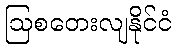
ဩစတေးလျနိုင်ငံ